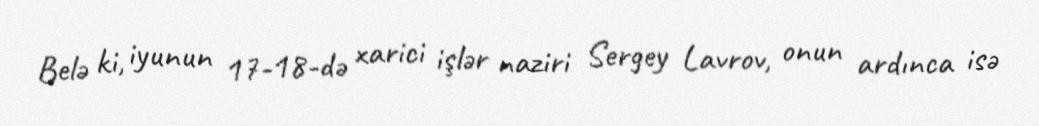
Belə ki, iyunun 17-18-də xarici işlər naziri Sergey Lavrov, onun ardınca isə